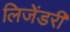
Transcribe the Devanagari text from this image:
लिजेंडरी